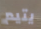
يتيم